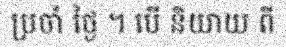
ប្រចាំ ថ្ងៃ ។ បើ និយាយ ពី